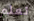
تعلم